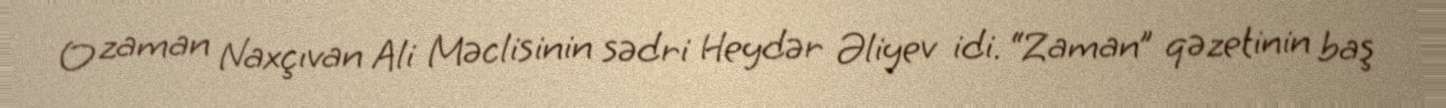
O zaman Naxçıvan Ali Məclisinin sədri Heydər Əliyev idi. “Zaman” qəzetinin baş